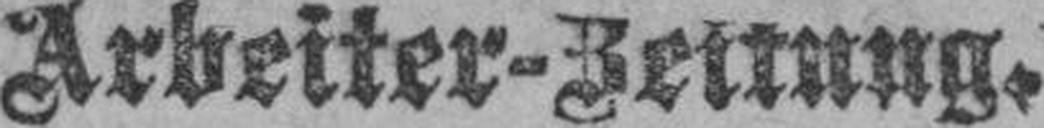
Arbeiter-Zeitung.